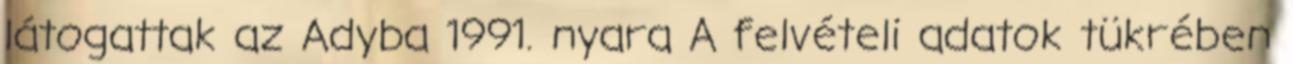
látogattak az Adyba 1991. nyara A felvételi adatok tükrében